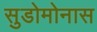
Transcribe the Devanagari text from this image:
सुडोमोनास